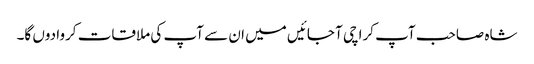
شاہ صاحب آپ کراچی آ جائیں میں ان سے آپ کی ملاقات کروا دوں گا۔